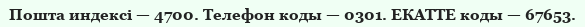
Пошта индексі — 4700. Телефон коды — 0301. ЕКАТТЕ коды — 67653.